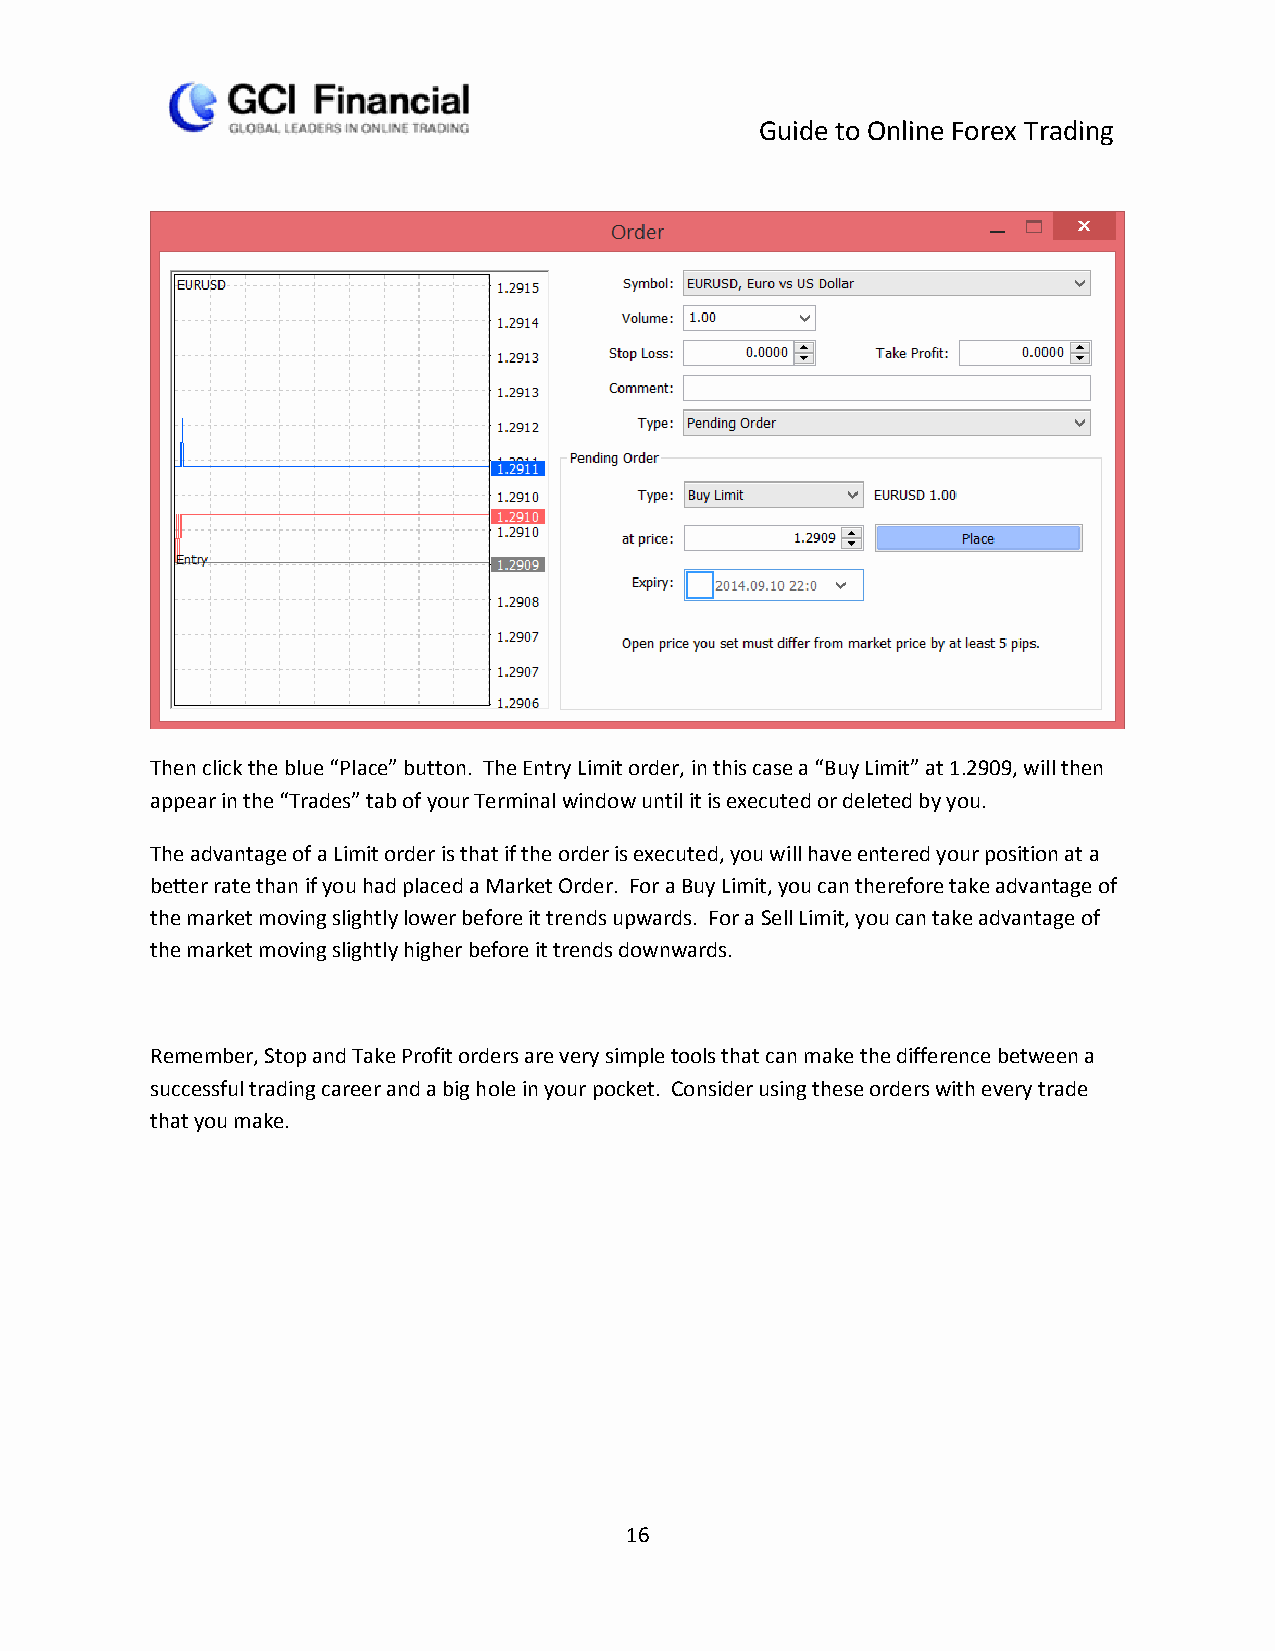
Guide to Online Forex Trading
 Then click the blue “Place” button. The Entry Limit order, in this case a “Buy Limit” at 1.2909, will then
 appear in the “Trades” tab of your Terminal window until it is executed or deleted by you.
 The advantage of a Limit order is that if the order is executed, you will have entered your position at a
 better rate than if you had placed a Market Order. For a Buy Limit, you can therefore take advantage of
 the market moving slightly lower before it trends upwards. For a Sell Limit, you can take advantage of
 the market moving slightly higher before it trends downwards.
 Remember, Stop and Take Profit orders are very simple tools that can make the difference between a
 successful trading career and a big hole in your pocket. Consider using these orders with every trade
 that you make.
 16